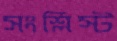
সংশ্লিস্ট